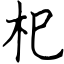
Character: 𣏌